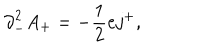
LaTeX: { \partial } _ { - } ^ { 2 } A _ { + } = - \frac { 1 } { 2 } e j ^ { + } ,